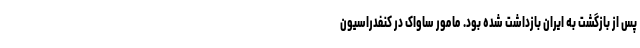
پس از بازگشت به ایران بازداشت شده بود. مامور ساواک در کنفدراسیون